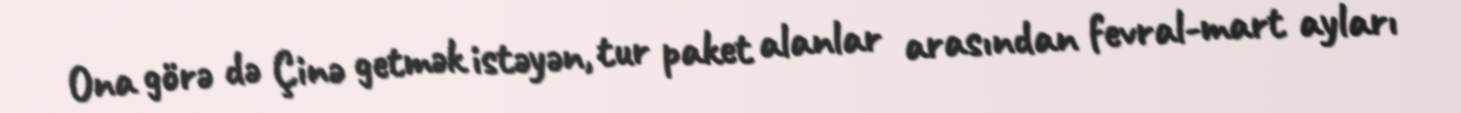
Ona görə də Çinə getmək istəyən, tur paket alanlar arasından fevral-mart ayları